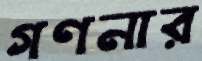
গণনার